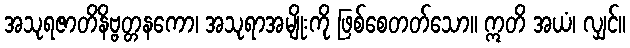
အသုရဇာတိနိဗ္ဗတ္တနကော၊ အသုရာအမျိုးကို ဖြစ်စေတတ်သော။ ဣတိ အယံ၊ လျှင်။